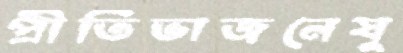
প্রীতিভাজনেষু